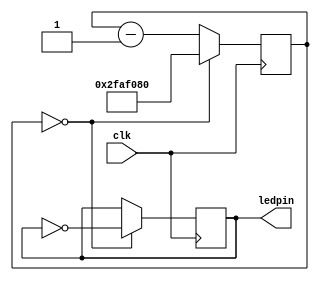
`timescale 1ns / 1ps
//////////////////////////////////////////////////////////////////////////////////
// Company: IIT Kanpur
// Engineer:
//   Milind Luthra
//   Subhdeep Saha
//   Yash Srivastav
//
// Design Name:
// Module Name:    blink
// Project Name: Q1
// Target Devices: Xilinx Spartan-3e Starter
// Description:
//   Blinks LED periodically
//
//
// Revision:
// Revision 0.01 - File Created
//
//////////////////////////////////////////////////////////////////////////////////
module blink(
             input wire clk,
             output reg ledpin
    );

   initial
     ledpin = 0;

   reg [25:0]           counter = 50_000_000;

   always @(posedge clk)
     if (counter == 0) begin
        counter <= 50_000_000;
        ledpin <= !ledpin;
     end else begin
        counter <= counter - 1;
     end

endmodule